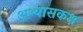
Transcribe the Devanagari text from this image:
अभ्यासकक्ष